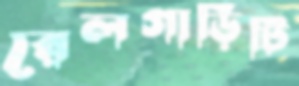
রেলগাড়িটি